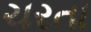
ચરતા